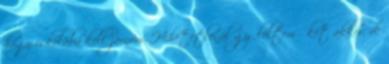
hogy iskolába kell járnom. Hihetetlenül gyűlöltem őket akkor, de